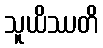
သူယိဿတိ